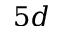
5 d